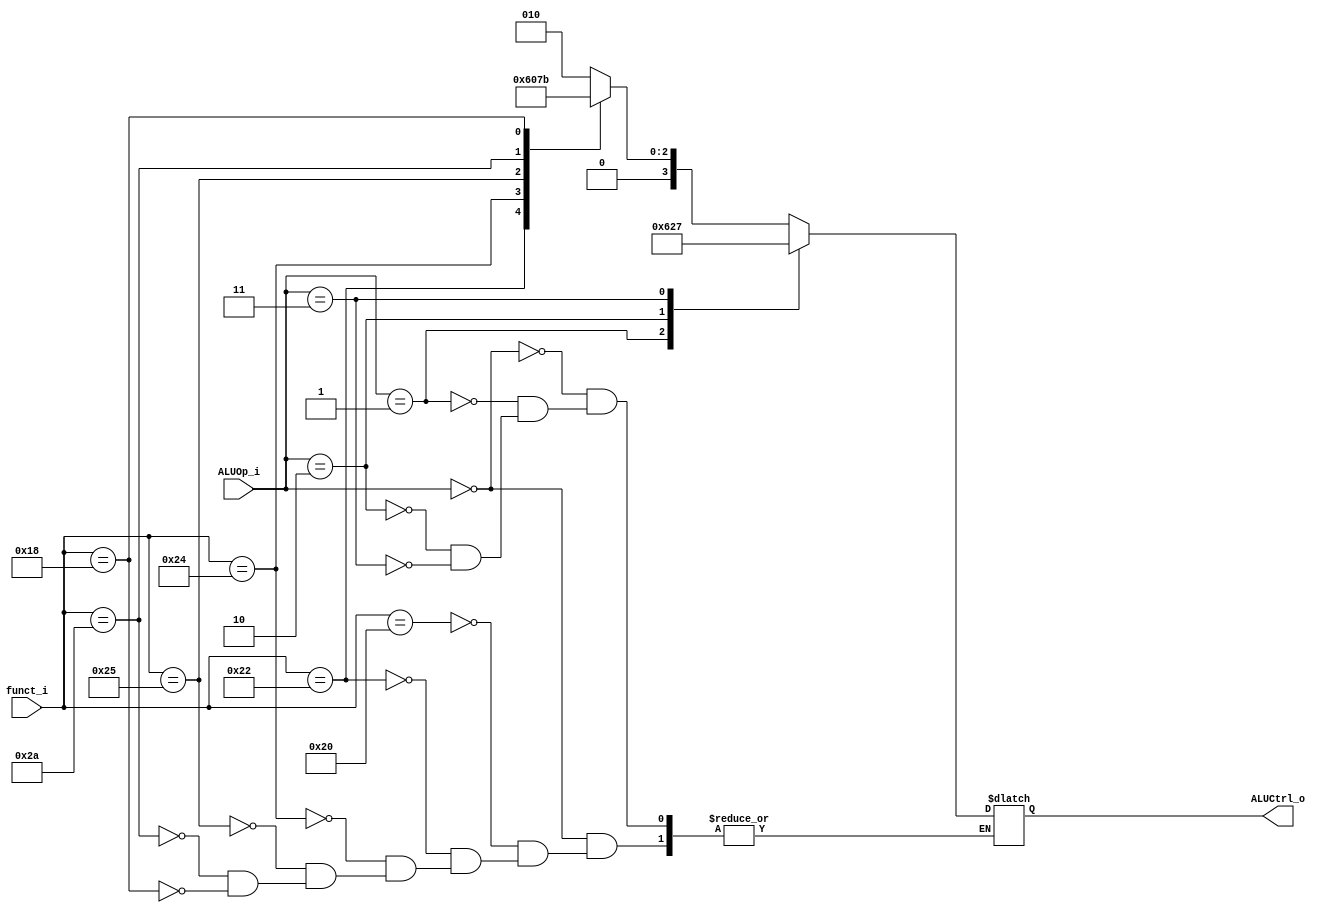
//109550184
//Subject:     CO project 2 - ALU Controller
//--------------------------------------------------------------------------------
//Version:     1
//--------------------------------------------------------------------------------
//Writer:      
//----------------------------------------------
//Date:        
//----------------------------------------------
//Description: 
//--------------------------------------------------------------------------------

module ALU_Ctrl(
          funct_i,
          ALUOp_i,
          ALUCtrl_o
          );
          
//I/O ports 
input      [6-1:0] funct_i;
input      [3-1:0] ALUOp_i;

output     [4-1:0] ALUCtrl_o;    
     
//Internal Signals
reg        [4-1:0] ALUCtrl_o;

//Parameter
    
//Select exact operation
always@(*) begin
    case (ALUOp_i)
        3'd0: case (funct_i) //R_type
            6'd32: ALUCtrl_o <= 4'd2; //add
            6'd34: ALUCtrl_o <= 4'd6; //sub
            6'd36: ALUCtrl_o <= 4'd0; //and
            6'd37: ALUCtrl_o <= 4'd1; //or
            6'd42: ALUCtrl_o <= 4'd7; //slt
            6'd24: ALUCtrl_o <= 4'd3; //mult
        endcase
        3'd1: ALUCtrl_o <= 4'd6; //beq
        3'd2: ALUCtrl_o = 4'd2; //addi lw sw
        3'd3: ALUCtrl_o <= 4'd7; //slti
    endcase
end
endmodule